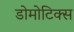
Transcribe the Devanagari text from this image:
डोमोटिक्स